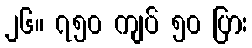
၂၆။ ၇၅၀ ကျပ် ၅၀ ပြား